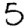
Digit: 5